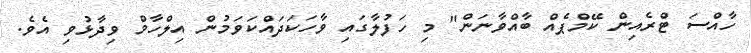
ހާއްސަ ޓްރެއިން ކޭމްޕެއް ބާއްވާނަން" މި ހަފުލާގައި ވާހަކަދައްކަވަމުން އިލްހާމް ވިދާޅުވި އެވެ.